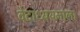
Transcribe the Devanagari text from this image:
वेदाध्ययनाला